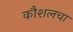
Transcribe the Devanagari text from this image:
कौशलचा